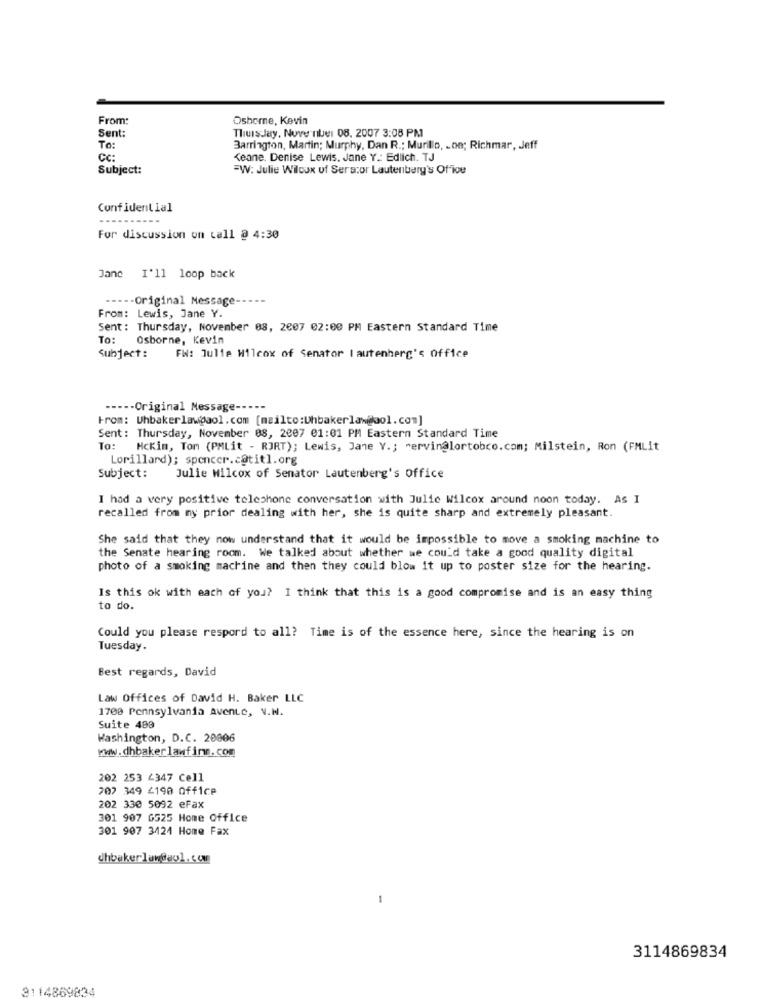
From:
Osborne, Kevin
Sent:
Thursday, Nove nber 08. 2007 3:08 PM
To:
Barrington, Martin; Murphy, Dan R .; Murillo, . on; Richmar, Jeff
CC:
Keane. Denise Lewis. Jane Y .: Edlich. TJ
Subject:
=W: Julie Wilcox of Seracor Lautenberg's Office
Confidential
For discussion on call @ 4:30
Jane I'll loop back
----- Original Message
From: Lewis, Jane Y.
Sent : Thursday, November 08, 2007 02:00 PM Eastern Standard Time
To:
Osborne, Kevin
Subject :
FW: Julie Wilcox of Senator | autenherg's Office
----- Original Message-
From: Uhbakerlaw@aol.com [mailto:Uhbakerlaw@aol. com]
Sent: Thursday, November 08, 2007 01:01 PM Eastern Standard Time
To:
Nckim, Tom (PMLit - RJRT); Lewis, Jane Y .; "ervinglortobco.com; Milstein, Ron (FMLit
Lorillard); spencer.c@titl.org
Subject:
Julie Wilcox of Senator Lautenberg's Office
I had a very positive telephone conversation with Julie Wilcox around noon today. As I
recalled from my prior dealing with her, she is quite sharp and extremely pleasant.
She said that they now understand that it would be impossible to move a smoking machine to
the Senate hearing room. We talked about whether we could take a good quality digital
photo of a smoking machine and then they could blow it up to poster size for the hearing.
Is this ok with each of you? I think that this is a good compromise and is an easy thing
to do.
Could you please respord to all? Time is of the essence here, since the hearing is on
Tuesday.
Best regards, David
Law Offices of David H. Baker LLC
1700 Pennsylvania Avenue, V.H.
Suite 409
Washington, D.C. 20806
www.dhbakerlawfirm.com
202 253 4347 Cell
707 349 4190 Office
202 330 5092 eFax
301 907 G525 Home Office
301 907 3424 Home Fax
chbakerlan@aol.com
-
3114869834
3114869834